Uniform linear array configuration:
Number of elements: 12
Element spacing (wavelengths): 0.75
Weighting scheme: uniform
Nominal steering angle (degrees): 15
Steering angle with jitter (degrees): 13.331
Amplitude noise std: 0.05
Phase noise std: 0.05

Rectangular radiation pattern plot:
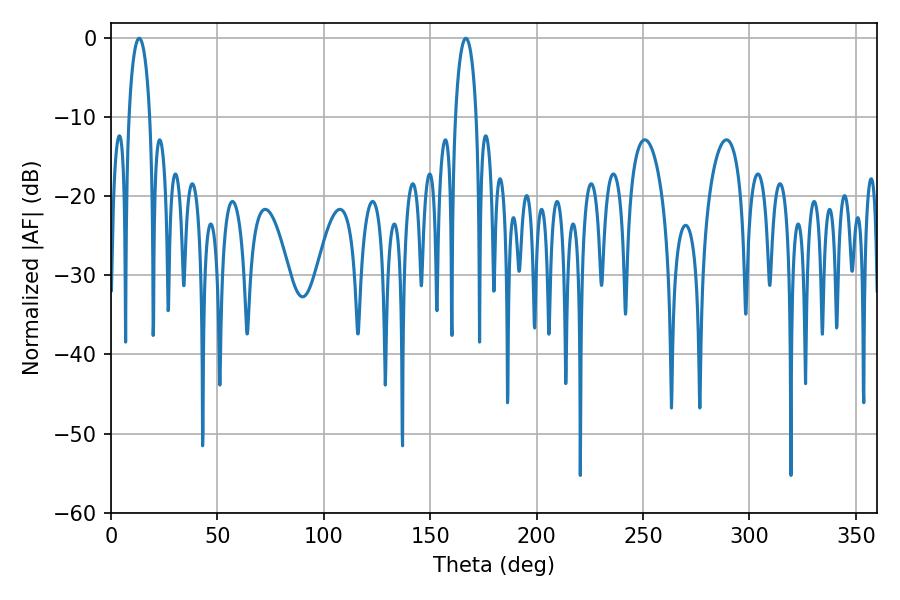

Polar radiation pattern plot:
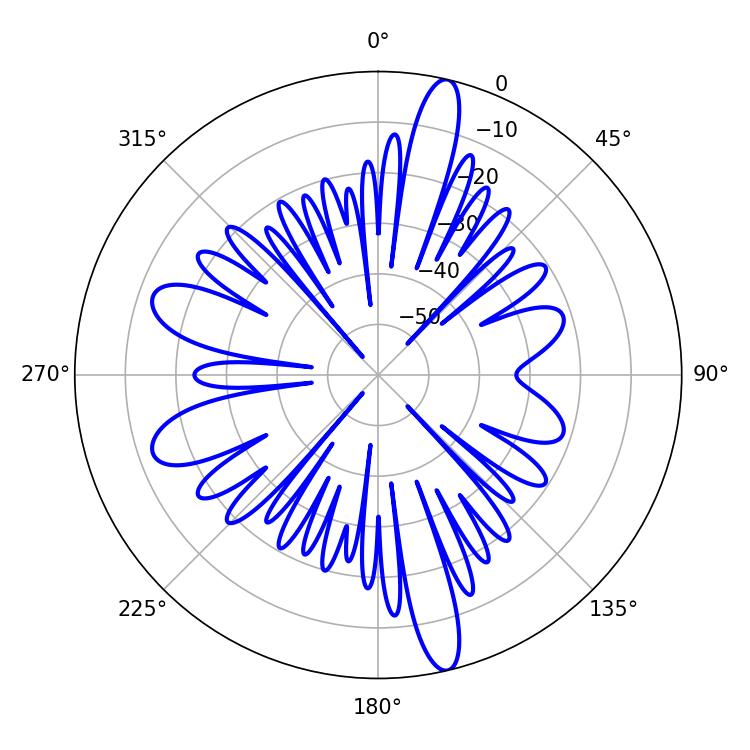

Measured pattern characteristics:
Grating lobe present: TRUE
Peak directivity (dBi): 17.806
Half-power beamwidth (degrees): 5.58
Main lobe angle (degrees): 166.68